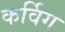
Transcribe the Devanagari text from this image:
कर्विग